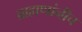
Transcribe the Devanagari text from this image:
ब्राह्मणांनीच